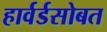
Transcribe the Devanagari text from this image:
हार्वर्डसोबत